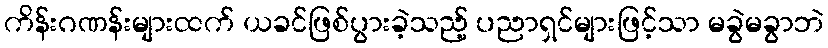
ကိန်းဂဏန်းများထက် ယခင်ဖြစ်ပွားခဲ့သည့် ပညာရှင်များဖြင့်သာ မခွဲမခွာဘဲ